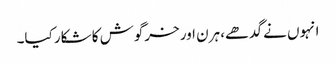
انہوں نے گدھے، ہرن اور خرگوش کا شکار کیا۔